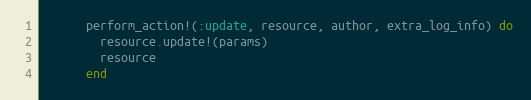
Language: Ruby
      perform_action!(:update, resource, author, extra_log_info) do
        resource.update!(params)
        resource
      end